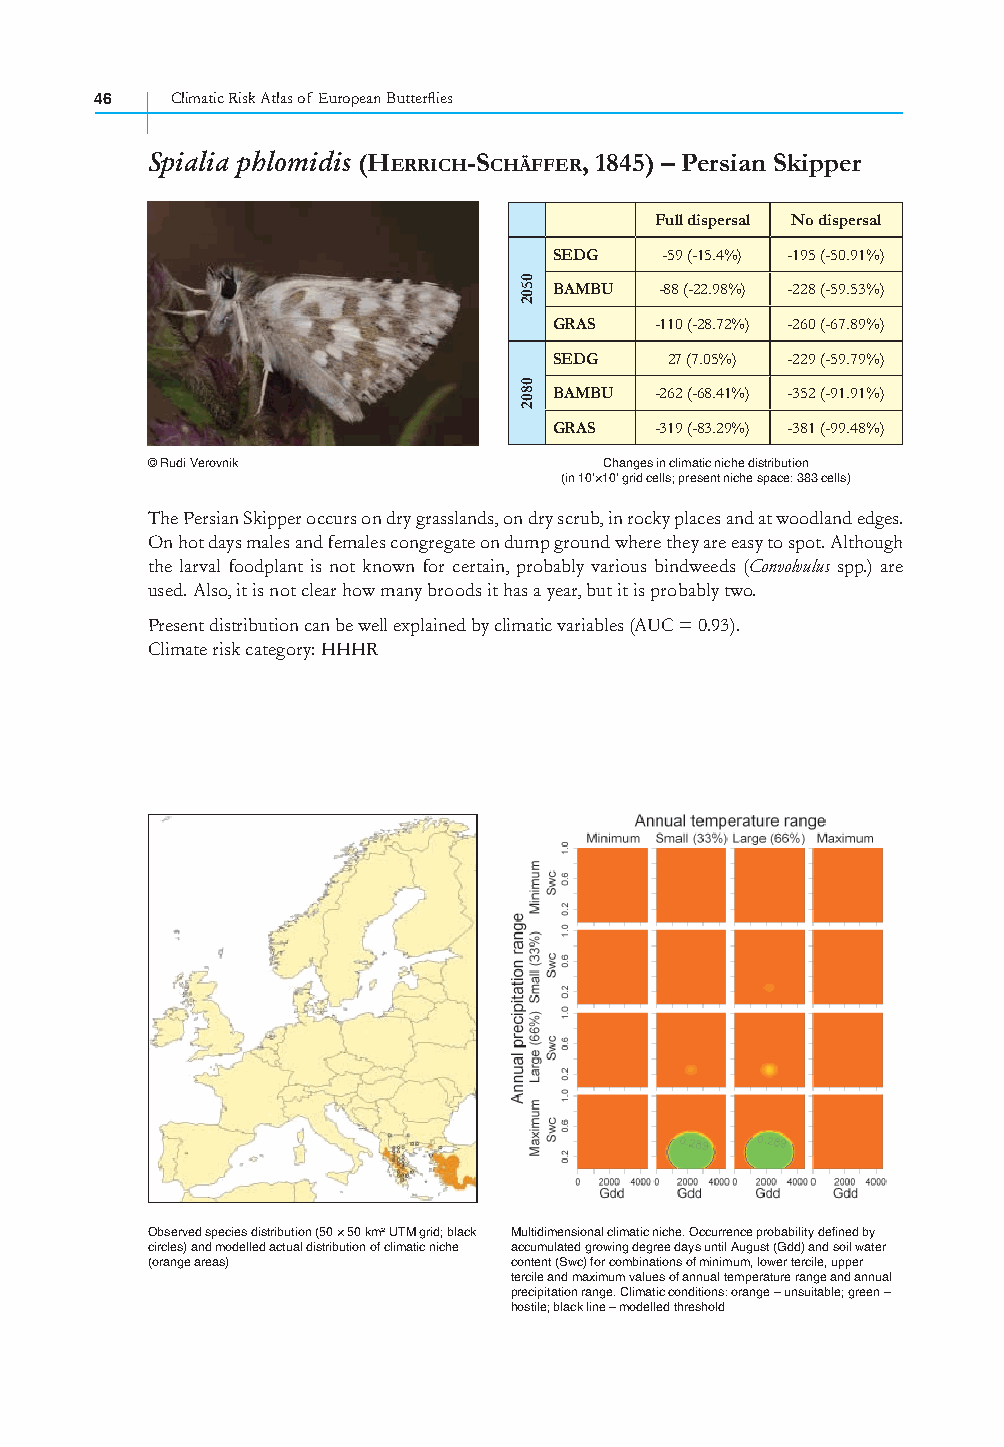
46   Climatic Risk Atlas of European Butterfl ies
 Spialia phlomidis (HERRICH-SCHÄFFER, 1845) – Persian Skipper
 Full dispersal No dispersal
 SEDG   -59 (-15.4%) -195 (-50.91%)
 BAMBU  -88 (-22.98%) -228 (-59.53%)
 GRAS  -110 (-28.72%) -260 (-67.89%)
 SEDG   27 (7.05%) -229 (-59.79%)
 BAMBU -262 (-68.41%) -352 (-91.91%)
 GRAS  -319 (-83.29%) -381 (-99.48%)
 © Rudi Verovnik               Changes in climatic niche distribution
 (in 10’×10’ grid cells; present niche space: 383 cells)
 The Persian Skipper occurs on dry grasslands, on dry scrub, in rocky places and at woodland edges.
 On hot days males and females congregate on dump ground where they are easy to spot. Although
 the larval foodplant is not known for certain, probably various bindweeds (Convolvulus spp.) are
 used. Also, it is not clear how many broods it has a year, but it is probably two.
 Present distribution can be well explained by climatic variables (AUC = 0.93).
 Climate risk category: HHHR
 Observed species distribution (50 × 50 km² UTM grid; black Multidimensional climatic niche. Occurrence probability defined by
 circles) and modelled actual distribution of climatic niche accumulated growing degree days until August (Gdd) and soil water
 (orange areas)          content (Swc) for combinations of minimum, lower tercile, upper
 tercile and maximum values of annual temperature range and annual
 precipitation range. Climatic conditions: orange – unsuitable; green –
 hostile; black line – modelled threshold
 0502
 0802